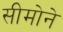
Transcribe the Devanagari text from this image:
सीमोने